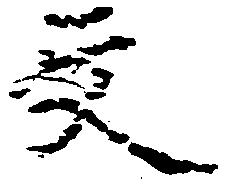
文